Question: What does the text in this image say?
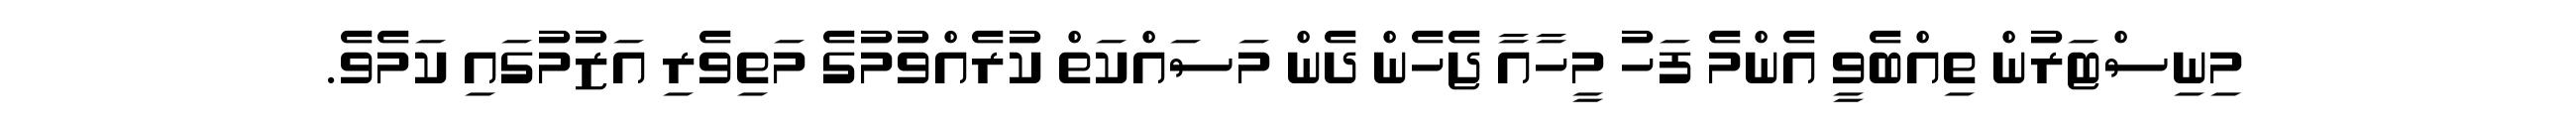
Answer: މިނިސްޓަރުން ތިއްބެވީ އެންމެ ފަހު މީހާއާ ޖެހެން ދެން މަސައްކަތް ކުރެއްވުމުގެ މަތިވެރި އަޒުމުގައި ކަމެވެ.